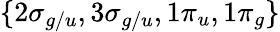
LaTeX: \{ 2\sigma_{g/u},3\sigma_{g/u},1\pi_{u},1\pi_{g}\}